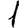
Digit: 1